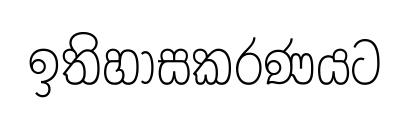
ඉතිහාසකරණයට